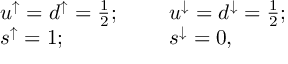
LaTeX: \begin{array} { c l l r } { { } } & { { u ^ { \uparrow } = d ^ { \uparrow } = \frac { 1 } { 2 } ; ~ ~ ~ ~ } } & { { u ^ { \downarrow } = d ^ { \downarrow } = \frac { 1 } { 2 } ; } } \\ { { } } & { { s ^ { \uparrow } = 1 ; } } & { { s ^ { \downarrow } = 0 , } } \end{array}